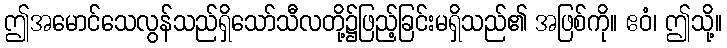
ဤအမောင်သေလွန်သည်ရှိသော်သီလတို့၌ဖြည့်ခြင်းမရှိသည်၏ အဖြစ်ကို။ ဧဝံ၊ ဤသို့။